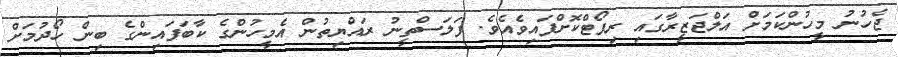
ޖެހުނު މީހުންކަމަށް އަލްޖަޒީރާގައި ރިޕޯޓްކޮށްފައިވެއެވެ. ފަލަަސްތީނު ރައްޔިތުން އެމީހުންގެ ކާބަފައިންގެ ބިން ހޯދުމަށް